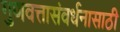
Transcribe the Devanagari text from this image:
गुणवत्तासंवर्धनासाठी